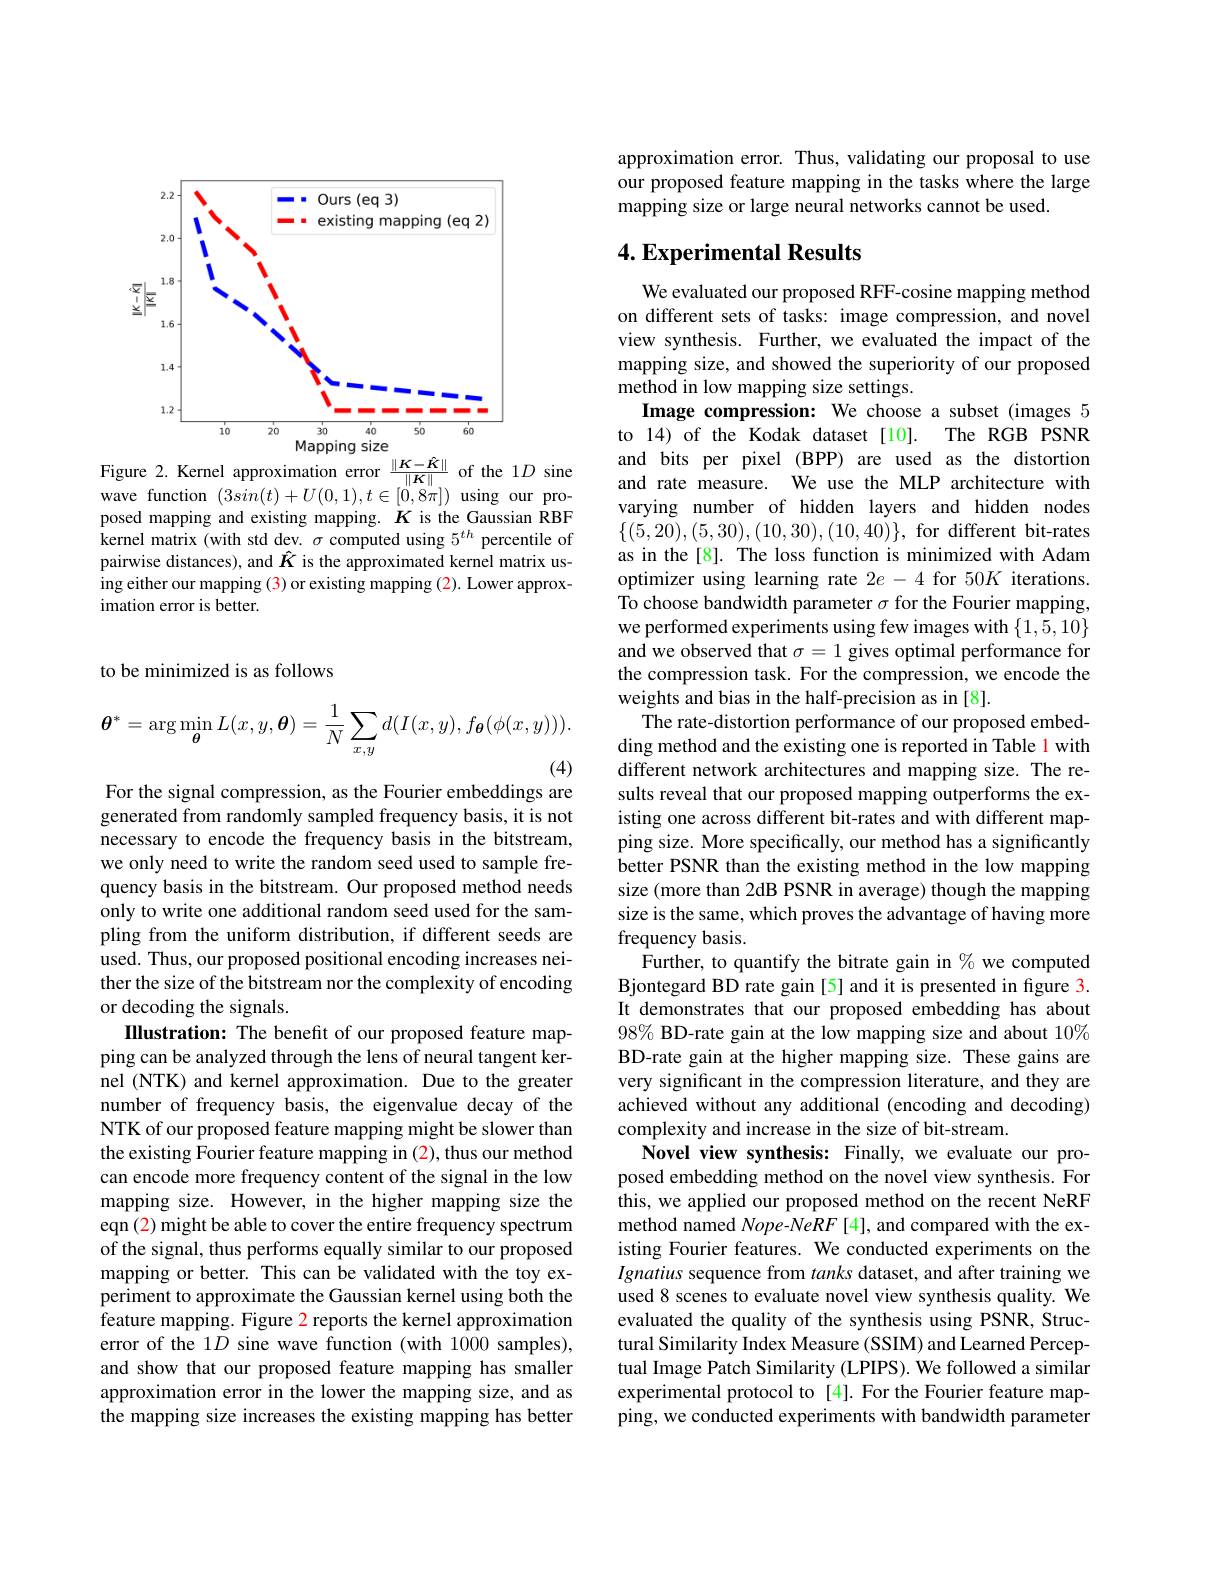
<FigureHere>
Figure 2. Kernel approximation error $\frac{\|K-\hat{K}\|}{\|K\|}$ of the 1$D$ sine

wave function $(3sin(t)+U(0,1),t\in[0,8\pi])$ using our proposed mapping and existing mapping. $K$ is the Gaussian RBF kernel matrix (with std dev. $\sigma$ computed using $5^th$ percentile of pairwise distances), and $\hat{K}$ is the approximated kernel matrix using either our mapping (3) or existing mapping (2). Lower approximation error is better.

to be minimized is as follows
$$\boldsymbol{\theta}^{*}=\arg\min_{\boldsymbol{\theta}}L(x,y,\boldsymbol{\theta})=\frac{1}{N}\sum_{x,y}d(I(x,y),f_{\boldsymbol{\theta}}(\phi(x,y))).$$
(4)

For the signal compression, as the Fourier embeddings are

generated from randomly sampled frequency basis, it is not necessary to encode the frequency basis in the bitstream, we only need to write the random seed used to sample frequency basis in the bitstream. Our proposed method needs only to write one additional random seed used for the sampling from the uniform distribution, if different seeds are used. Thus, our proposed positional encoding increases neither the size of the bitstream nor the complexity of encoding or decoding the signals.
IIlustration: The benefit of our proposed feature mapping can be analyzed through the lens of neural tangent kernel (NTK) and kernel approximation. Due to the greater number of frequency basis, the eigenvalue decay of the NTK of our proposed feature mapping might be slower than the existing Fourier feature mapping in (2), thus our method can encode more frequency content of the signal in the low mapping size. However, in the higher mapping size the eqn (2) might be able to cover the entire frequency spectrum of the signal, thus performs equally similar to our proposed mapping or better. This can be validated with the toy experiment to approximate the Gaussian kernel using both the feature mapping. Figure 2 reports the kernel approximation error of the 1$D$ sine wave function (with 1000 samples), and show that our proposed feature mapping has smaller approximation error in the lower the mapping size, and as the mapping size increases the existing mapping has better

approximation error. Thus, validating our proposal to use our proposed feature mapping in the tasks where the large mapping size or large neural networks cannot be used.

## 4. Experimental Results

We evaluated our proposed RFF-cosine mapping method on different sets of tasks: image compression, and novel view synthesis. Further, we evaluated the impact of the mapping size, and showed the superiority of our proposed method in low mapping size settings.
Image compression: We choose a subset (images 5 to 14) of the Kodak dataset [10]. The RGB PSNR and bits per pixel (BPP) are used as the distortion and rate measure. We use the MLP architecture with varying number of hidden layers and hidden nodes $\{(5,20),(5,30),(10,30),(10,40)\}$,for different bit-rates as in the [8]. The loss function is minimized with Adam optimizer using learning rate $2e-4$ for 50$K$ iterations. To choose bandwidth parameter $\sigma$ for the Fourier mapping, we performed experiments using few images with $\{1,5,10\}$ and we observed that $\sigma=1$ gives optimal performance for the compression task. For the compression, we encode the weights and bias in the half-precision as in [8].
The rate-distortion performance of our proposed embedding method and the existing one is reported in Table 1 with different network architectures and mapping size. The results reveal that our proposed mapping outperforms the existing one across different bit-rates and with different mapping size. More specifically, our method has a significantly better PSNR than the existing method in the low mapping size (more than 2dB PSNR in average) though the mapping size is the same, which proves the advantage of having more frequency basis.
Further, to quantify the bitrate gain in $\%$ we computed Bjontegard BD rate gain[5] and it is presented in figure 3. It demonstrates that our proposed embedding has about 98% BD-rate gain at the low mapping size and about $10\%$ BD-rate gain at the higher mapping size. These gains are very significant in the compression literature, and they are achieved without any additional (encoding and decoding) complexity and increase in the size of bit-stream.
Novel view synthesis: Finally, we evaluate our proposed embedding method on the novel view synthesis. For this, we applied our proposed method on the recent NeRF method named Nope-NeRF [4], and compared with the existing Fourier features. We conducted experiments on the Ignatius sequence from tanks dataset, and after training we used 8 scenes to evaluate novel view synthesis quality. We evaluated the quality of the synthesis using PSNR, Structural Similarity Index Measure (SSIM) and Learned Perceptual Image Patch Similarity (LPIPS). We followed a similar experimental protocol to [4]. For the Fourier feature mapping, we conducted experiments with bandwidth parameter